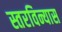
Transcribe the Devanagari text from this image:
स्तरविन्यास